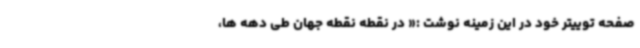
صفحه توییتر خود در این زمینه نوشت :« در نقطه نقطه جهان طی دهه ها،